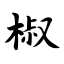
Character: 椒